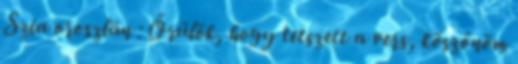
Szia oroszlán : Örülök, hogy tetszett a vers, köszönöm